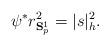
LaTeX: \begin{align*}\psi^{\ast}r_{\mathbf{S}_{p}^{1}}^{2}=|s|_{h}^{2}.\end{align*}